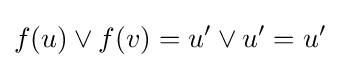
f(u)\vee f(v)=u^{\prime }\vee u^{\prime }=u^{\prime }